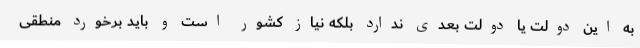
به این دولت یا دولت بعدی ندارد بلکه نیاز کشور است و باید برخورد منطقی